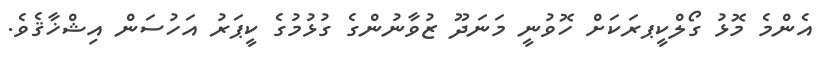
އެންމެ މޮޅު ގޯލްކީޕރަކަށް ހޮވުނީ މަނަދޫ ޒުވާނުންގެ ގުޅުމުގެ ކީޕަރު އަހުސަން އިޝްޚާޤެވެ.